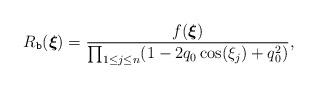
LaTeX: \begin{align*}R_{\texttt{b}}(\boldsymbol{\xi})= \frac{f(\boldsymbol{\xi})}{ \prod_{1\leq j\leq n} (1-2q_0\cos(\xi_j) +q_0^2)} ,\end{align*}